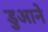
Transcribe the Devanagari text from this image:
डुआने